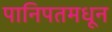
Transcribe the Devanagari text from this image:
पानिपतमधून